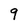
Character: 9